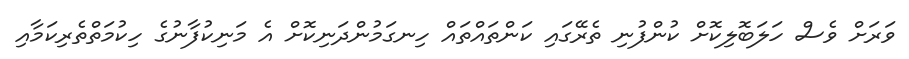
ވަރަށް ވެސް ހަލަބޮލިކޮށް ކުންފުނި ތެރޭގައި ކަންތައްތައް ހިނގަމުންދަނިކޮށް އެ މަނިކުފާނުގެ ހިކުމަތްތެރިކަމާއި